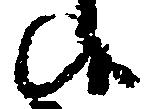
候